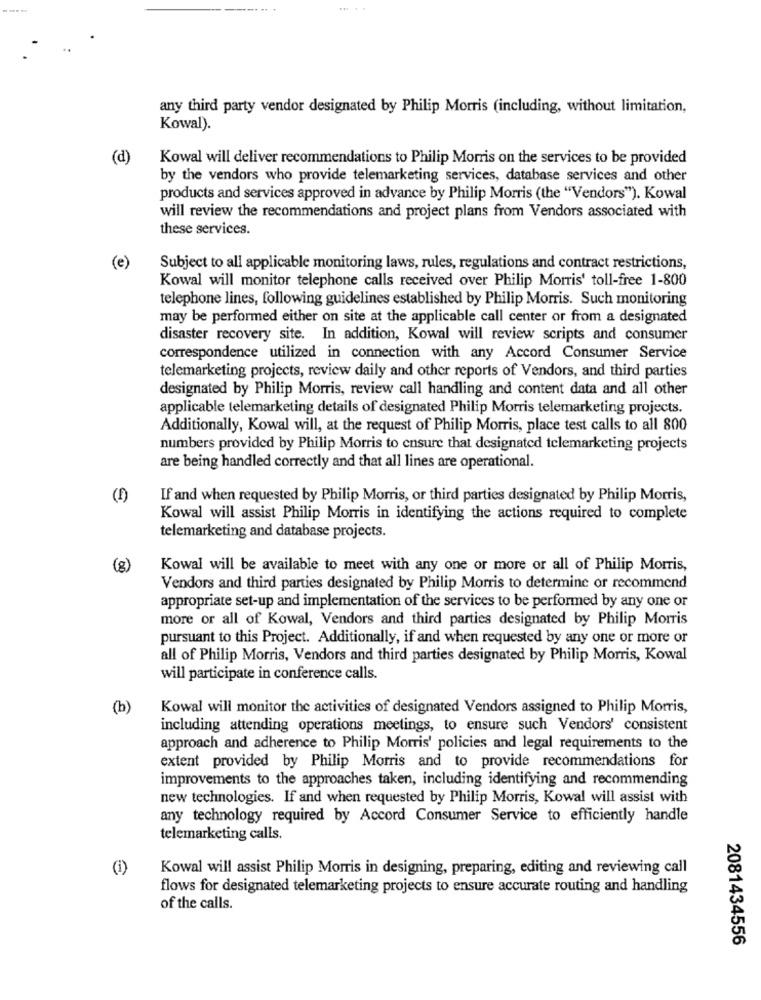
any third party vendor designated by Philip Morris (including, without limitation,
Kowal).
(d)
Kowal will deliver recommendations to Philip Morris on the services to be provided
by the vendors who provide telemarketing services, database services and other
products and services approved in advance by Philip Morris (the "Vendors"). Kowal
will review the recommendations and project plans from Vendors associated with
these services.
(e)
Subject to all applicable monitoring laws, rules, regulations and contract restrictions,
Kowal will monitor telephone calls received over Philip Morris' toll-free 1-800
telephone lines, following guidelines established by Philip Morris. Such monitoring
may be performed either on site at the applicable call center or from a designated
disaster recovery site. In addition, Kowal will review scripts and consumer
correspondence utilized in connection with any Accord Consumer Service
telemarketing projects, review daily and other reports of Vendors, and third parties
designated by Philip Morris, review call handling and content data and all other
applicable telemarketing details of designated Philip Morris telemarketing projects.
Additionally, Kowal will, at the request of Philip Morris, place test calls to all 800
numbers provided by Philip Morris to ensure that designated telemarketing projects
are being handled correctly and that all lines are operational.
(1)
If and when requested by Philip Morris, or third parties designated by Philip Morris,
Kowal will assist Philip Morris in identifying the actions required to complete
telemarketing and database projects.
(8)
Kowal will be available to meet with any one or more or all of Philip Morris,
Vendors and third parties designated by Philip Morris to determine or recommend
appropriate set-up and implementation of the services to be performed by any one or
more or all of Kowal, Vendors and third parties designated by Philip Morris
pursuant to this Project. Additionally, if and when requested by any one or more or
all of Philip Morris, Vendors and third parties designated by Philip Morris, Kowal
will participate in conference calls.
(b)
Kowal will monitor the activities of designated Vendors assigned to Philip Morris,
including attending operations meetings, to ensure such Vendors' consistent
approach and adherence to Philip Morris' policies and legal requirements to the
extent provided by Philip Morris and to provide recommendations for
improvements to the approaches taken, including identifying and recommending
new technologies. If and when requested by Philip Morris, Kowal will assist with
any technology required by Accord Consumer Service to efficiently handle
telemarketing calls.
(i)
Kowal will assist Philip Morris in designing, preparing, editing and reviewing call
flows for designated telemarketing projects to ensure accurate routing and handling
of the calls.
2081434556